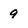
Character: 9